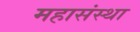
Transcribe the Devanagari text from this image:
महासंस्था